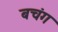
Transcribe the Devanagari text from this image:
बचंग